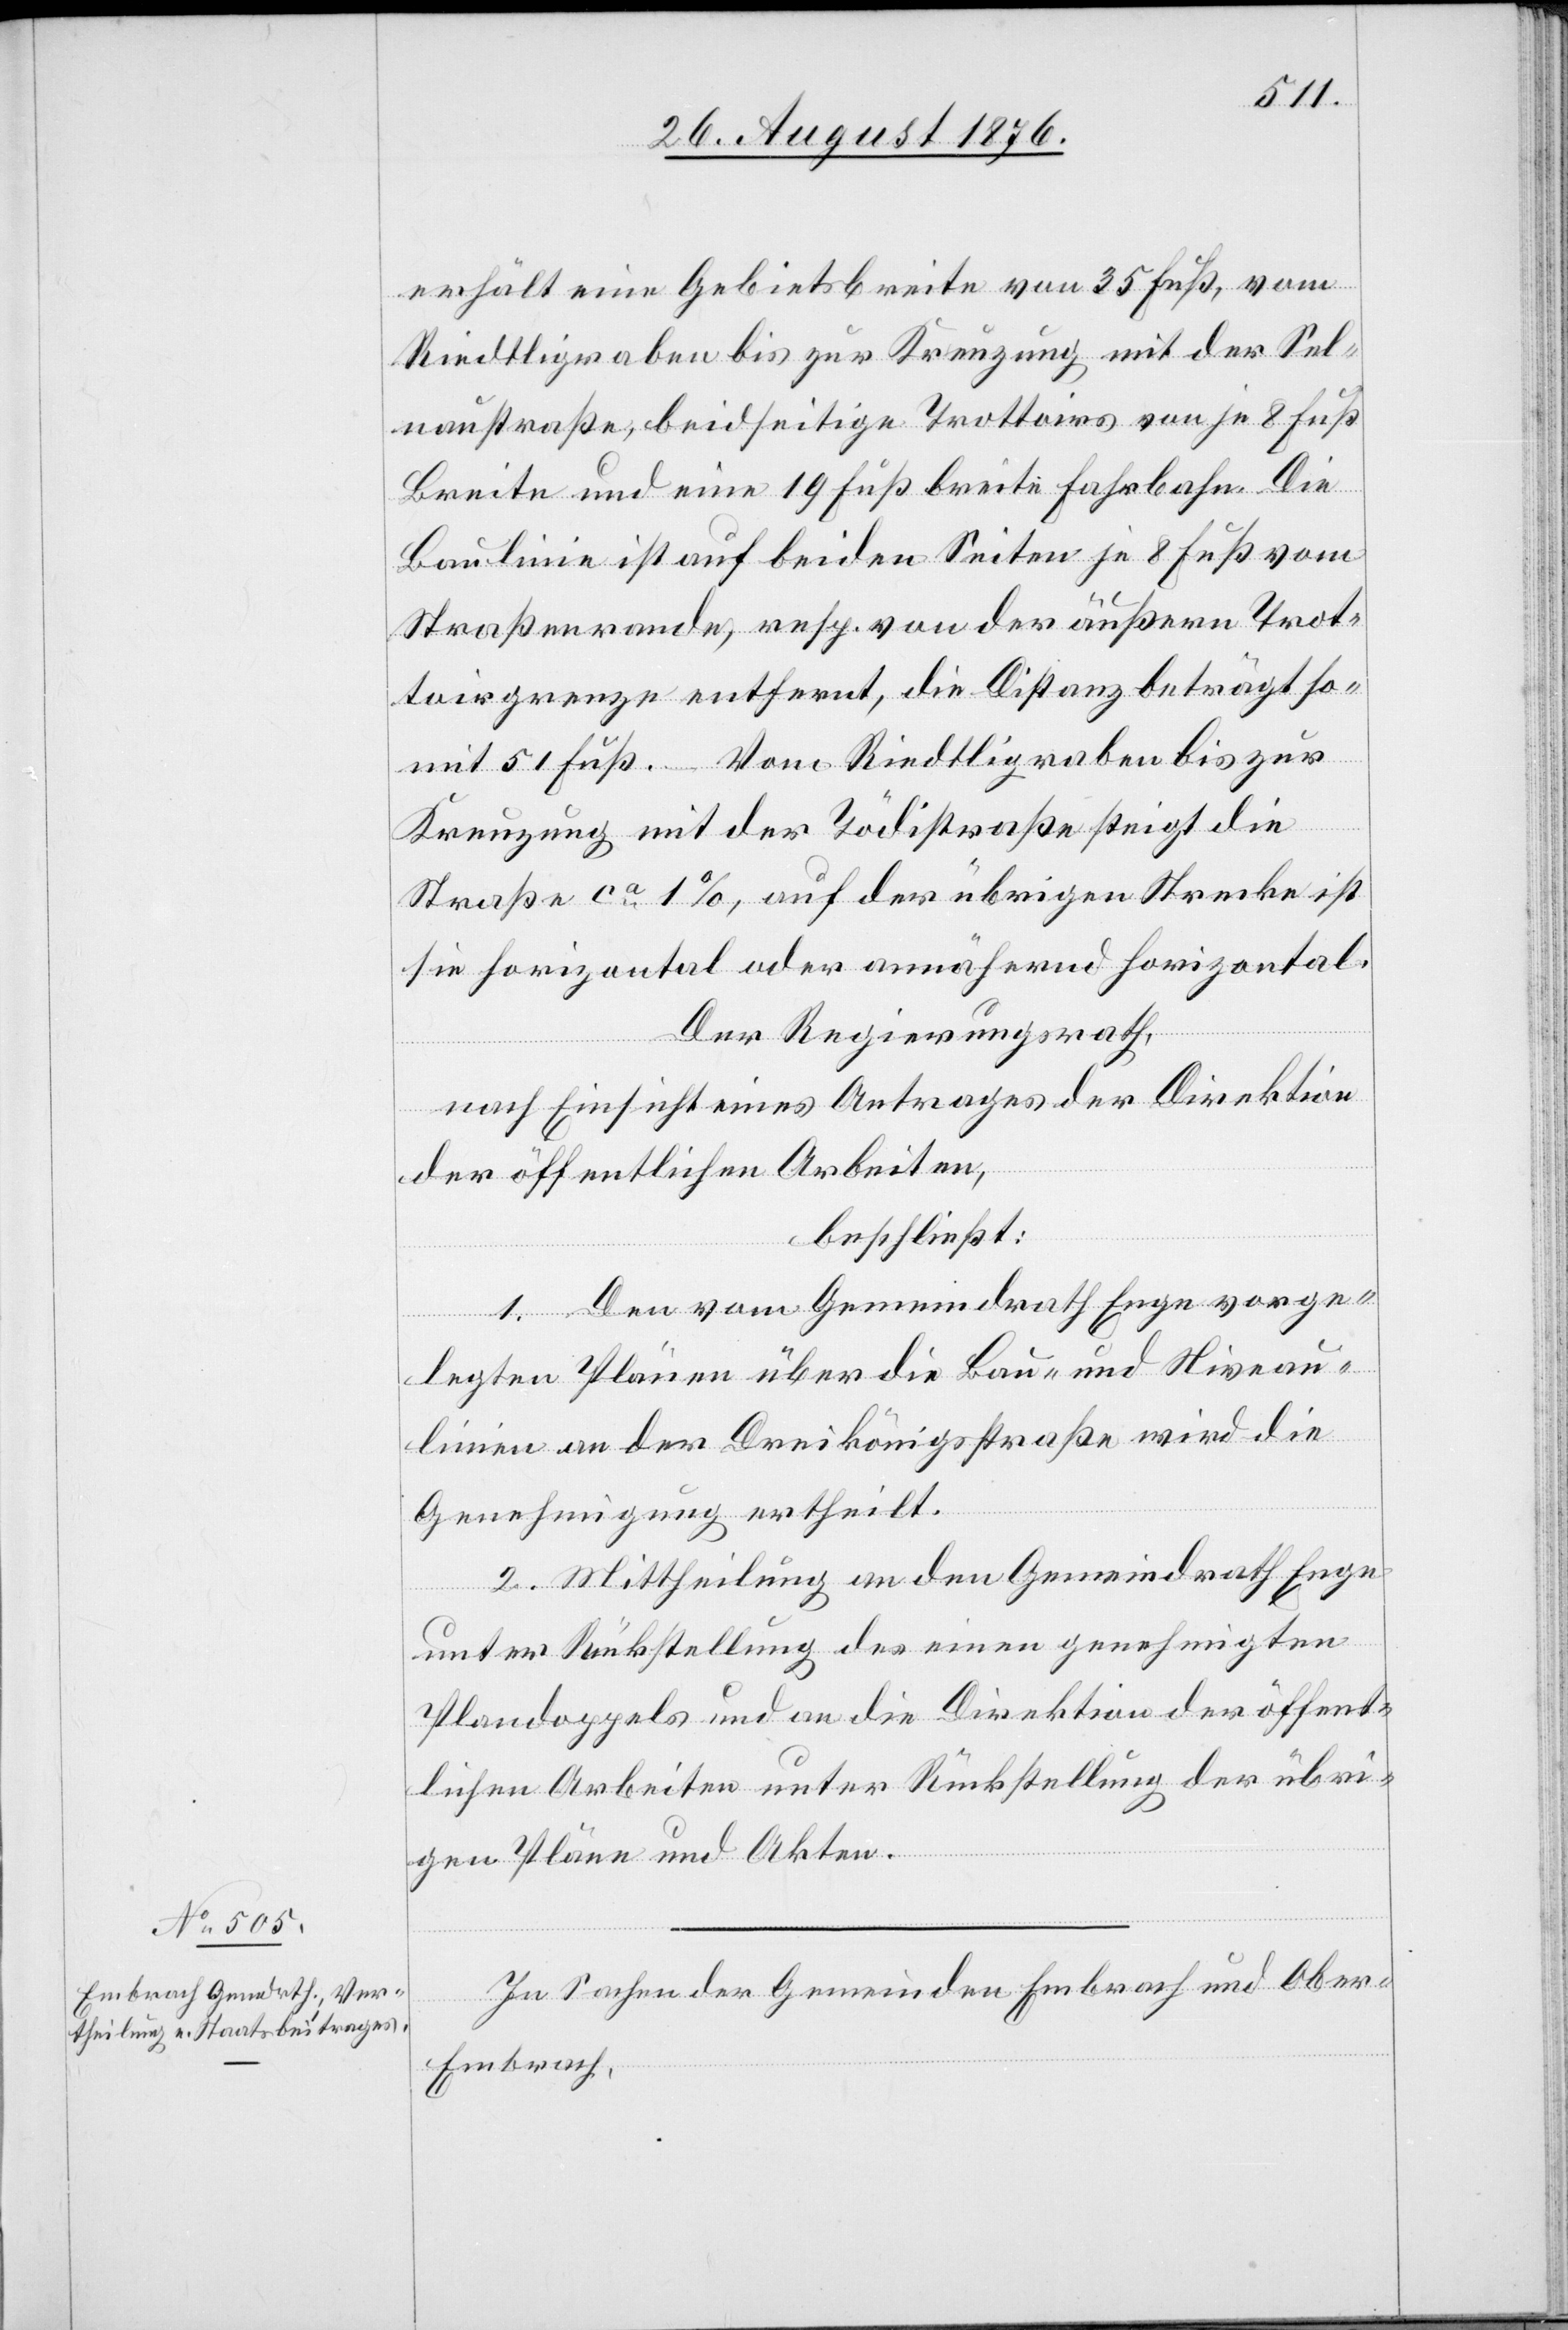
erhält eine Gebietsbreite von 35 Fuß, vom
Riedtligraben bis zur Kreuzung mit der Sel¬
naustraße, beidseitige Trottoirs von je 8 Fuß
Breite und eine 19 Fuß breite Fahrbahn. Die
Baulinie ist auf beiden Seiten je 8. Fuß vom
Straßenrande, resp. von der äußern Trot¬
toirgrenze entfernt, die Distanz beträgt so¬
mit 51 Fuß. – Vom Riedtligraben bis zur
Kreuzung mit der Tödistraße steigt die
Straße ca 1 %, auf der übrigen Strecke ist
sie horizontal oder annähernd horizontal.
Der Regierungsrath,
nach Einsicht eines Antrages der Direktion
der öffentlichen Arbeiten,
beschließt:
1. Den vom Gemeindrath Enge vorge¬
legten Plänen über die Bau- und Niveau¬
linien an der Dreikönigsstraße wird die
Genehmigung ertheilt.
2. Mittheilung an den Gemeindrath Enge
unter Rückstellung des einen genehmigten
Plandoppels und an die Direktion der öffent¬
lichen Arbeiten unter Rückstellung der übri¬
gen Pläne und Akten.
In Sachen der Gemeinden Embrach und Obe¬
r-Embrach,